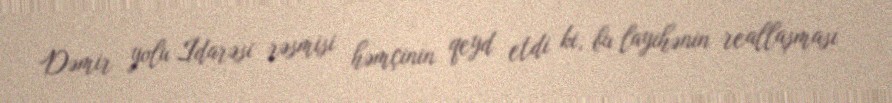
Dəmir yolu İdarəsi rəsmisi həmçinin qeyd etdi ki, bu layihənin reallaşması